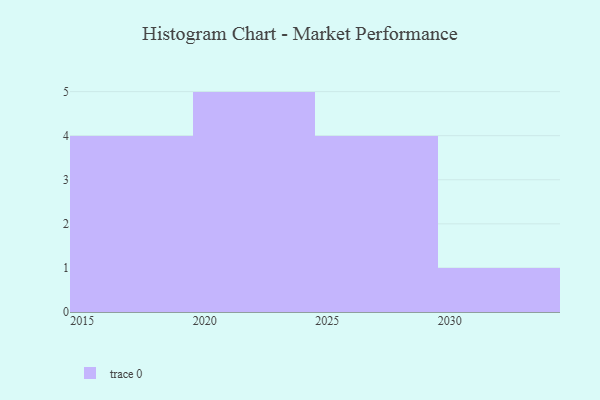
{"axis": {"x": "Year", "y": "Latency (ms)"}, "legend": [""], "data": [{"x": "2024", "y": 16, "type": ""}, {"x": "2016", "y": 19, "type": ""}, {"x": "2017", "y": 75, "type": ""}, {"x": "2022", "y": 13, "type": ""}, {"x": "2019", "y": 60, "type": ""}, {"x": "2027", "y": 8, "type": ""}, {"x": "2023", "y": 66, "type": ""}, {"x": "2030", "y": 54, "type": ""}, {"x": "2029", "y": 58, "type": ""}, {"x": "2021", "y": 21, "type": ""}, {"x": "2020", "y": 18, "type": ""}, {"x": "2026", "y": 14, "type": ""}, {"x": "2025", "y": 32, "type": ""}, {"x": "2015", "y": 49, "type": ""}]}